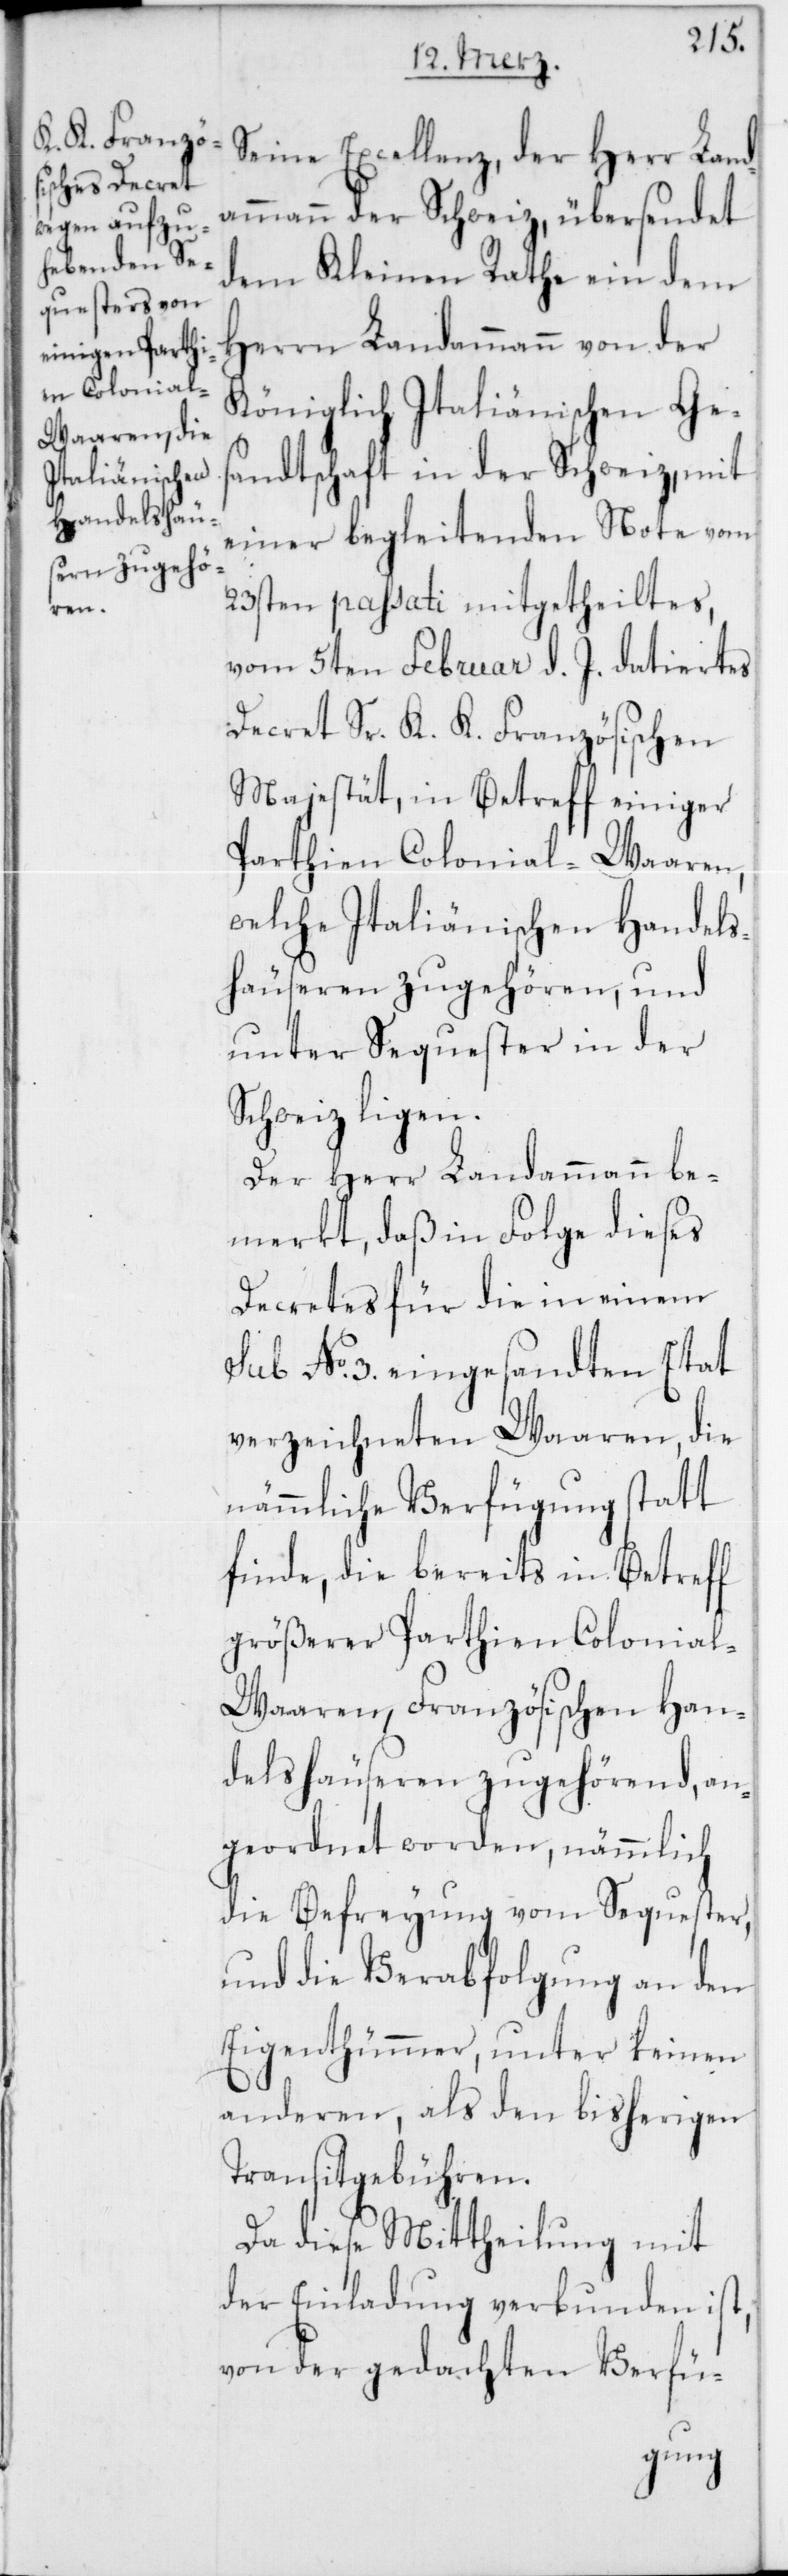
Seine Excellenz, der Herr Land¬
ammann der Schweiz, übersendet
dem Kleinen Rathe ein dem
Herrn Landammann von der
Königlich Italiänischen Ges¬
andtschaft in der Schweiz, mit
einer begleitenden Note vom
23sten passati mitgetheiltes,
vom 5ten Februar d. J. datiertes
Decret Sr. K. K. Französischen
Majestät, in Betreff einiger
Parthien Colonial-Waaren,
welche Italiänischen Handels¬
häuseren zugehören, und
unter Sequester in der
Schweiz ligen.
Der Herr Landammann be¬
merkt, daß in Folge dieses
Decrets für die in einem
sub No. 3 eingesandten Etat
verzeichneten Waaren, die
nämmliche Verfügung statt
finde, die bereits in Betreff
größerer Parthien Colonial-W¬
aaren, Französischen Han¬
delshäuseren zugehörend, an¬
geordnet worden, nämmlich
die Befreyung vom Sequester,
und die Verabfolgung an den
Eigenthümmer, unter keinen
anderen, als den bisherigen
Transitgebühren.
Da diese Mittheilung mit
der Einladung verbunden ist,
von der gedachten Verfü-